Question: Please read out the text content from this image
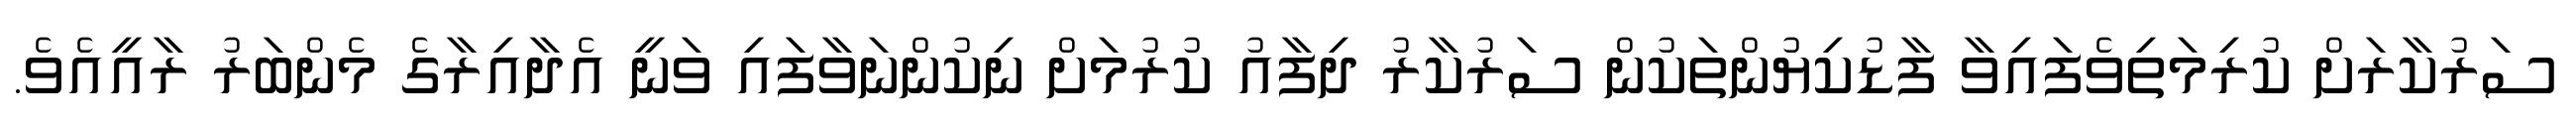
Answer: ސަރުކާރަށް ކުރިމަތިވެފައިވާ ފާޑުކިޔުންތަކުން ސަރުކާރު ދިފާއު ކުރުމަށް ނިކުންނަވާފައި ވަނީ އެދާއިރާގެ މެންބަރު ރާއީއެވެ.